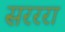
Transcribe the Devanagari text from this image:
सरररा